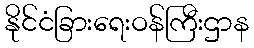
နိုင်ငံခြားရေးဝန်ကြီးဌာန